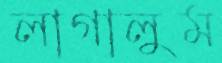
লাগালুম